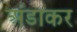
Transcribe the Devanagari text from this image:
अंडाकर